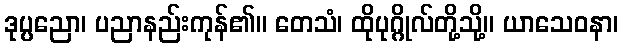
ဒုပ္ပညော၊ ပညာနည်းကုန်၏။ တေသံ၊ ထိုပုဂ္ဂိုလ်တို့သို့။ ယာသေဝနာ၊